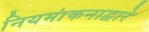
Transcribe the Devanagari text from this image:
नियमांकनाद्वारे